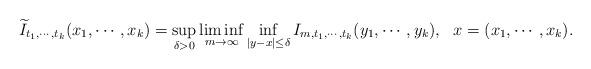
LaTeX: \begin{align*}\widetilde{I}_{t_{1},\cdots, t_{k}}(x_{1},\cdots, x_{k})=\sup_{\delta>0}\liminf_{m\to\infty}\inf_{|y-x| \le \delta}I_{m, t_{1}, \cdots, t_{k}}(y_{1},\cdots, y_{k}), ~~x=(x_{1}, \cdots,x_{k}).\end{align*}